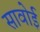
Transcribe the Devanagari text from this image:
सावोई